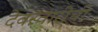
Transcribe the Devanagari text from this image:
देवस्वारीची